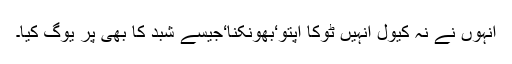
انہوں نے نہ کیول انہیں ٹوکا اپتو‘بھونکنا‘جیسے شبد کا بھی پر یوگ کیا۔